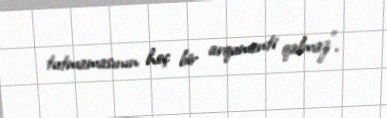
tutmamasının heç bir arqumenti qalmaz”.